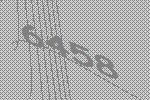
6458